Indian journal of veterinary science and animal husbandry - Volume 10,
Year: 1940
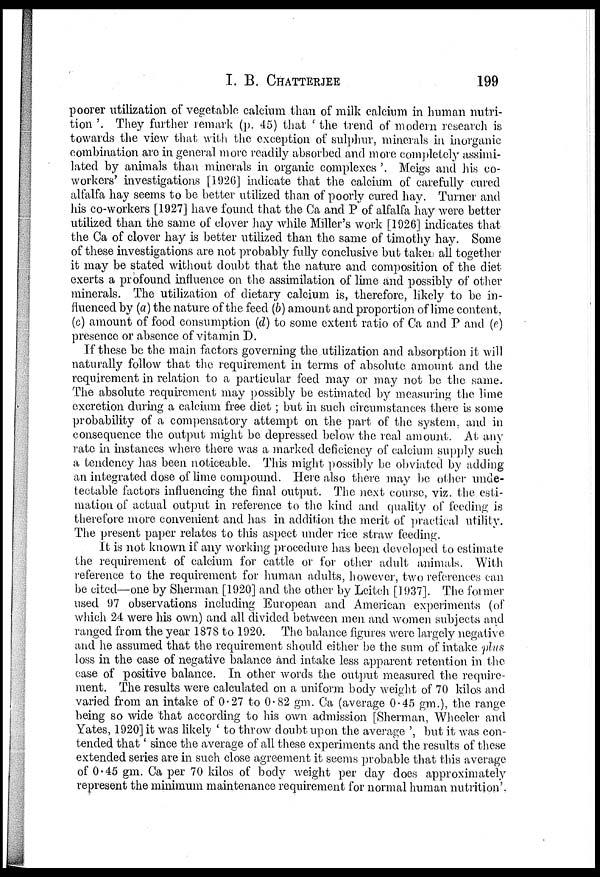
I. B.
CHATTERJEE
199
poorer utilization of vegetable calcium than of milk calcium in human nutri-
tion '. They further remark (p. 45) that ' the trend of modern research is
towards the view that with the exception of sulphur, minerals in inorganic
combination are in general more readily absorbed and more completely assimi-
lated by animals than minerals in organic complexes'. Meigs and his co-
workers' investigations [1926] indicate that the calcium of carefully cured
alfalfa hay seems to be better utilized than of poorly cured hay. Turner and
his co-workers [1927] have found that the Ca and P of alfalfa hay were better
utilized than the same of clover hay while Miller's work [1926] indicates that
the Ca of clover hay is better utilized than the same of timothy hay. Some
of these investigations are not probably fully conclusive but taken all together
it may be stated without doubt that the nature and composition of the diet
exerts a profound influence on the assimilation of lime and possibly of other
minerals. The utilization of dietary calcium is, therefore, likely to be in-
fluenced by (a) the nature of the feed (b) amount and proportion of lime content,
(c) amount of food consumption (d) to some extent ratio of Ca and P and (e)
presence or absence of vitamin D.
If these be the main factors governing the utilization and absorption it will
naturally follow that the requirement in terms of absolute amount and the
requirement in relation to a particular feed may or may not be the same.
The absolute requirement may possibly be estimated by measuring the lime
excretion during a calcium free diet ; but in such circumstances there is some
probability of a compensatory attempt on the part of the system, and in
consequence the output might be depressed below the real amount. At any
rate in instances where there was a marked deficiency of calcium supply such
a tendency has been noticeable. This might possibly be obviated by adding
an integrated dose of lime compound. Here also there may be other unde-
tectable factors influencing the final output. The next course, viz. the esti-
mation of actual output in reference to the kind and quality of feeding is
therefore more convenient and has in addition the merit of practical utility.
The present paper relates to this aspect under rice straw feeding.
It is not known if any working procedure has been developed to estimate
the requirement of calcium for cattle or for other adult animals. With
reference to the requirement for human adults, however, two references can
be cited—one by Sherman [1920] and the other by Leitch [1937]. The former
used 97 observations including European and American experiments (of
which 24 were his own) and all divided between men and women subjects and
ranged from the year 1878 to 1920. The balance figures were largely negative
and he assumed that the requirement should either be the sum of intake plus
loss in the case of negative balance and intake less apparent retention in the
case of positive balance. In other words the output measured the require-
ment. The results were calculated on a uniform body weight of 70 kilos and
varied from an intake of 0.27 to 0.82 gm. Ca (average 0.45 gm.), the range
being so wide that according to his own admission [Sherman, Wheeler and
Yates, 1920] it was likely ' to throw doubt upon the average ', but it was con-
tended that ' since the average of all these experiments and the results of these
extended series are in such close agreement it seems probable that this average
of 0.45 gm. Ca per 70 kilos of body weight per day does approximately
represent the minimum maintenance requirement for normal human nutrition'.